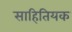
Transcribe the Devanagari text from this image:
साहितियक